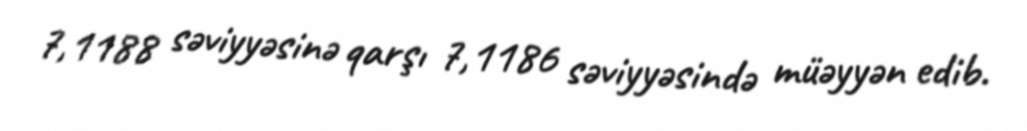
7,1188 səviyyəsinə qarşı 7,1186 səviyyəsində müəyyən edib.